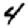
Digit: 4